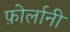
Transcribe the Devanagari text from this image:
फ़ोर्लानी